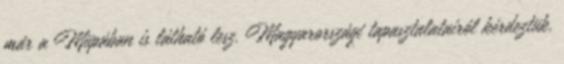
már a Müpában is látható lesz. Magyarországi tapasztalatairól kérdeztük.